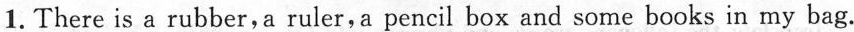
1.There is a rubber,a ruler,a pencil box and some books in my bag.